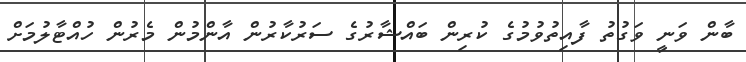
ބާން ވަނީ ވަގުތު ފާއިތުވުމުގެ ކުރިން ބައްޝާރުގެ ސަރުކާރުން އާންމުން މެރުން ހުއްޓާލުމަށް